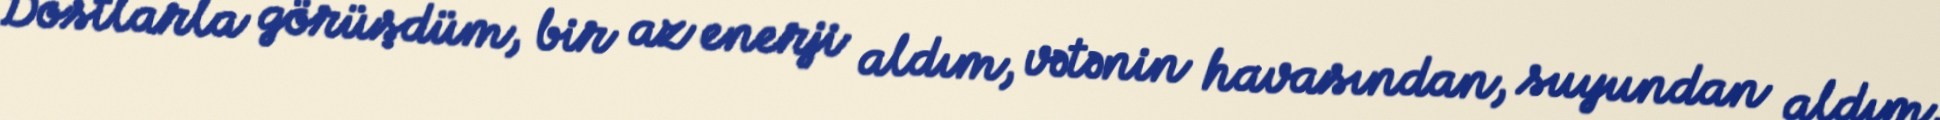
Dostlarla görüşdüm, bir az enerji aldım, vətənin havasından, suyundan aldım,